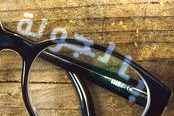
بالجولة